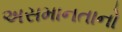
અસમાનતાનો